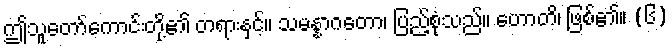
ဤသူတော်ကောင်းတို့၏ တရားနှင့်။ သမန္နာဂတော၊ ပြည့်စုံသည်။ ဟောတိ၊ ဖြစ်၏။ (၆)